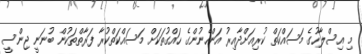
މި އިސްލާހުގެ މަސައްކަތް ކުރިއަށްދާއިރު އަންހެނުންގެ ހައްގުތަކަށް މަސައްކަތްކުރާ ފަރާތްތަކުން ބުނަނީ ޖިންސީ